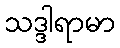
သဒ္ဒါရာမာ